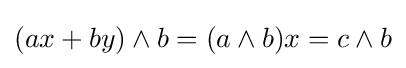
(ax+by)\wedge b=(a\wedge b)x=c\wedge b